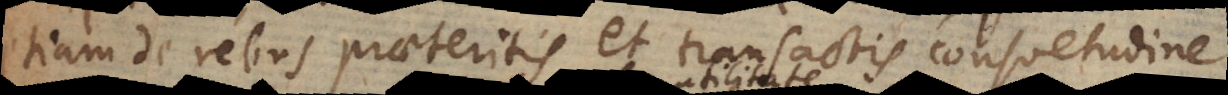
etiam de rebus praeteritis et transactis consuetudine